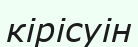
кірісуін